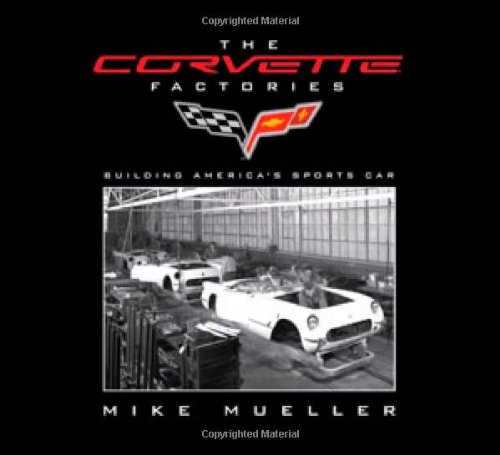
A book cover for The Corvette Factories: Building America's Sports Car; Mike Mueller; Crafts, Hobbies & Home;